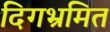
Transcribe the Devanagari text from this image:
दिगभ्रमित